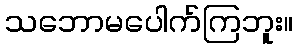
သဘောမပေါက်ကြဘူး။